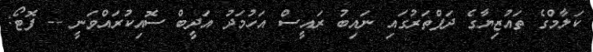
ކަލާމްގެ ތައުޒިޔާގެ ދަފްތަރުގައި ނައިބު ރައީސް އަހުމަދު އަދީބް ސޮއިކުރައްވަނީ -- ފޮޓޯ: